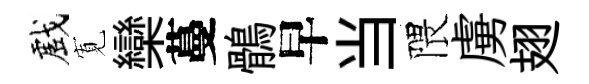
戲𡩖欒蔓鶻早当隈虜翅